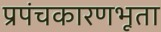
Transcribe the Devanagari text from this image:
प्रपंचकारणभूता